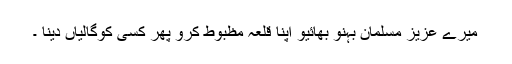
میرے عزیز مسلمان بہنو بھائیو اپنا قلعہ مظبوط کرو پھر کسی کوگالیاں دینا ۔